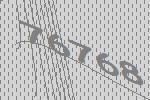
76768